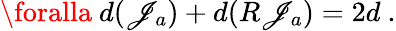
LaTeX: \foralla~d(\mathscr{J}_{a})+d(R\mathscr{J}_{a})=2d~.